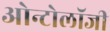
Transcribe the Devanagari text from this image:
ओन्टोलॉजी